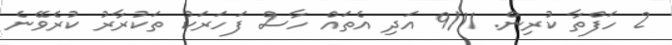
2 ހަފްތާ ކުރިން. 9/11 އަދި އެތައް ހާސް ފަހަރަކު ތަކުރާރު ކުރެވޭނެ